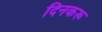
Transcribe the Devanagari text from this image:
दिनकरू